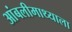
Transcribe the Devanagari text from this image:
आंबलीमाथ्याला